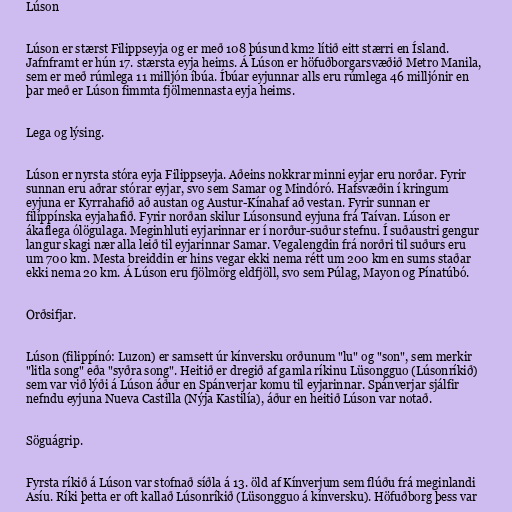
Lúson

Lúson er stærst Filippseyja og er með 108 þúsund km2 lítið eitt stærri en Ísland.
Jafnframt er hún 17. stærsta eyja heims. Á Lúson er höfuðborgarsvæðið Metro Manila,
sem er með rúmlega 11 milljón íbúa. Íbúar eyjunnar alls eru rúmlega 46 milljónir en
þar með er Lúson fimmta fjölmennasta eyja heims.

Lega og lýsing.

Lúson er nyrsta stóra eyja Filippseyja. Aðeins nokkrar minni eyjar eru norðar. Fyrir
sunnan eru aðrar stórar eyjar, svo sem Samar og Mindóró. Hafsvæðin í kringum
eyjuna er Kyrrahafið að austan og Austur-Kínahaf að vestan. Fyrir sunnan er
filíppínska eyjahafið. Fyrir norðan skilur Lúsonsund eyjuna frá Taívan. Lúson er
ákaflega ólögulaga. Meginhluti eyjarinnar er í norður-suður stefnu. Í suðaustri gengur
langur skagi nær alla leið til eyjarinnar Samar. Vegalengdin frá norðri til suðurs eru
um 700 km. Mesta breiddin er hins vegar ekki nema rétt um 200 km en sums staðar
ekki nema 20 km. Á Lúson eru fjölmörg eldfjöll, svo sem Púlag, Mayon og Pínatúbó.

Orðsifjar.

Lúson (filippínó: Luzon) er samsett úr kínversku orðunum "lu" og "son", sem merkir
"litla song" eða "syðra song". Heitið er dregið af gamla ríkinu Lüsongguo (Lúsonríkið)
sem var við lýði á Lúson áður en Spánverjar komu til eyjarinnar. Spánverjar sjálfir
nefndu eyjuna Nueva Castilla (Nýja Kastilía), áður en heitið Lúson var notað.

Söguágrip.

Fyrsta ríkið á Lúson var stofnað síðla á 13. öld af Kínverjum sem flúðu frá meginlandi
Asíu. Ríki þetta er oft kallað Lúsonríkið (Lüsongguo á kínversku). Höfuðborg þess var